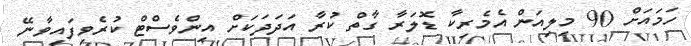
ހަމައަށް 90 މިލިއަން އެމެރިކާ ޑޮލަރާ ގާތް ކުރާ އަދަދަކަށް އިންވެސްޓް ކުރެވިފައިވާނޭ